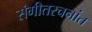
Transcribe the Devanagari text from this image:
संगीतरचनांत